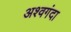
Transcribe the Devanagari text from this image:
अश्वगंदा